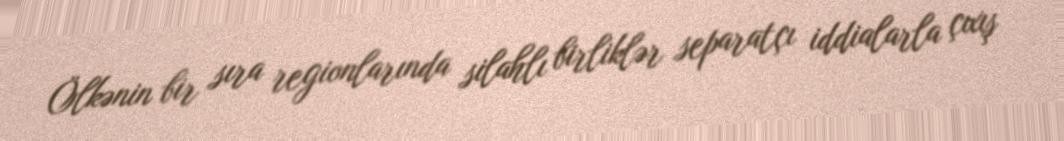
Ölkənin bir sıra regionlarında silahlı birliklər separatçı iddialarla çıxış